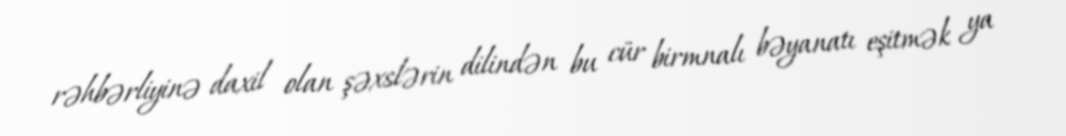
rəhbərliyinə daxil olan şəxslərin dilindən bu cür birmnalı bəyanatı eşitmək ya